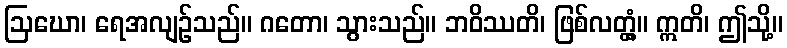
ဩဃော၊ ရေအလျဉ်သည်။ ဂတော၊ သွားသည်။ ဘဝိဿတိ၊ ဖြစ်လတ္တံ့။ ဣတိ၊ ဤသို့။